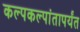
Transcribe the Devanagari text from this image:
कल्पकल्पांतापर्यंत